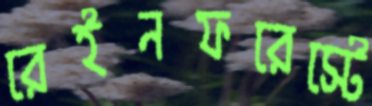
রেইনফরেস্টে